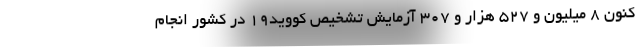
کنون ۸ میلیون و ۵۲۷ هزار و ۳۰۷ آزمایش تشخیص کووید۱۹ در کشور انجام